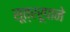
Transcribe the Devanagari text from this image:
सूत्ररूपाने